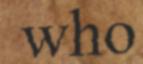
who